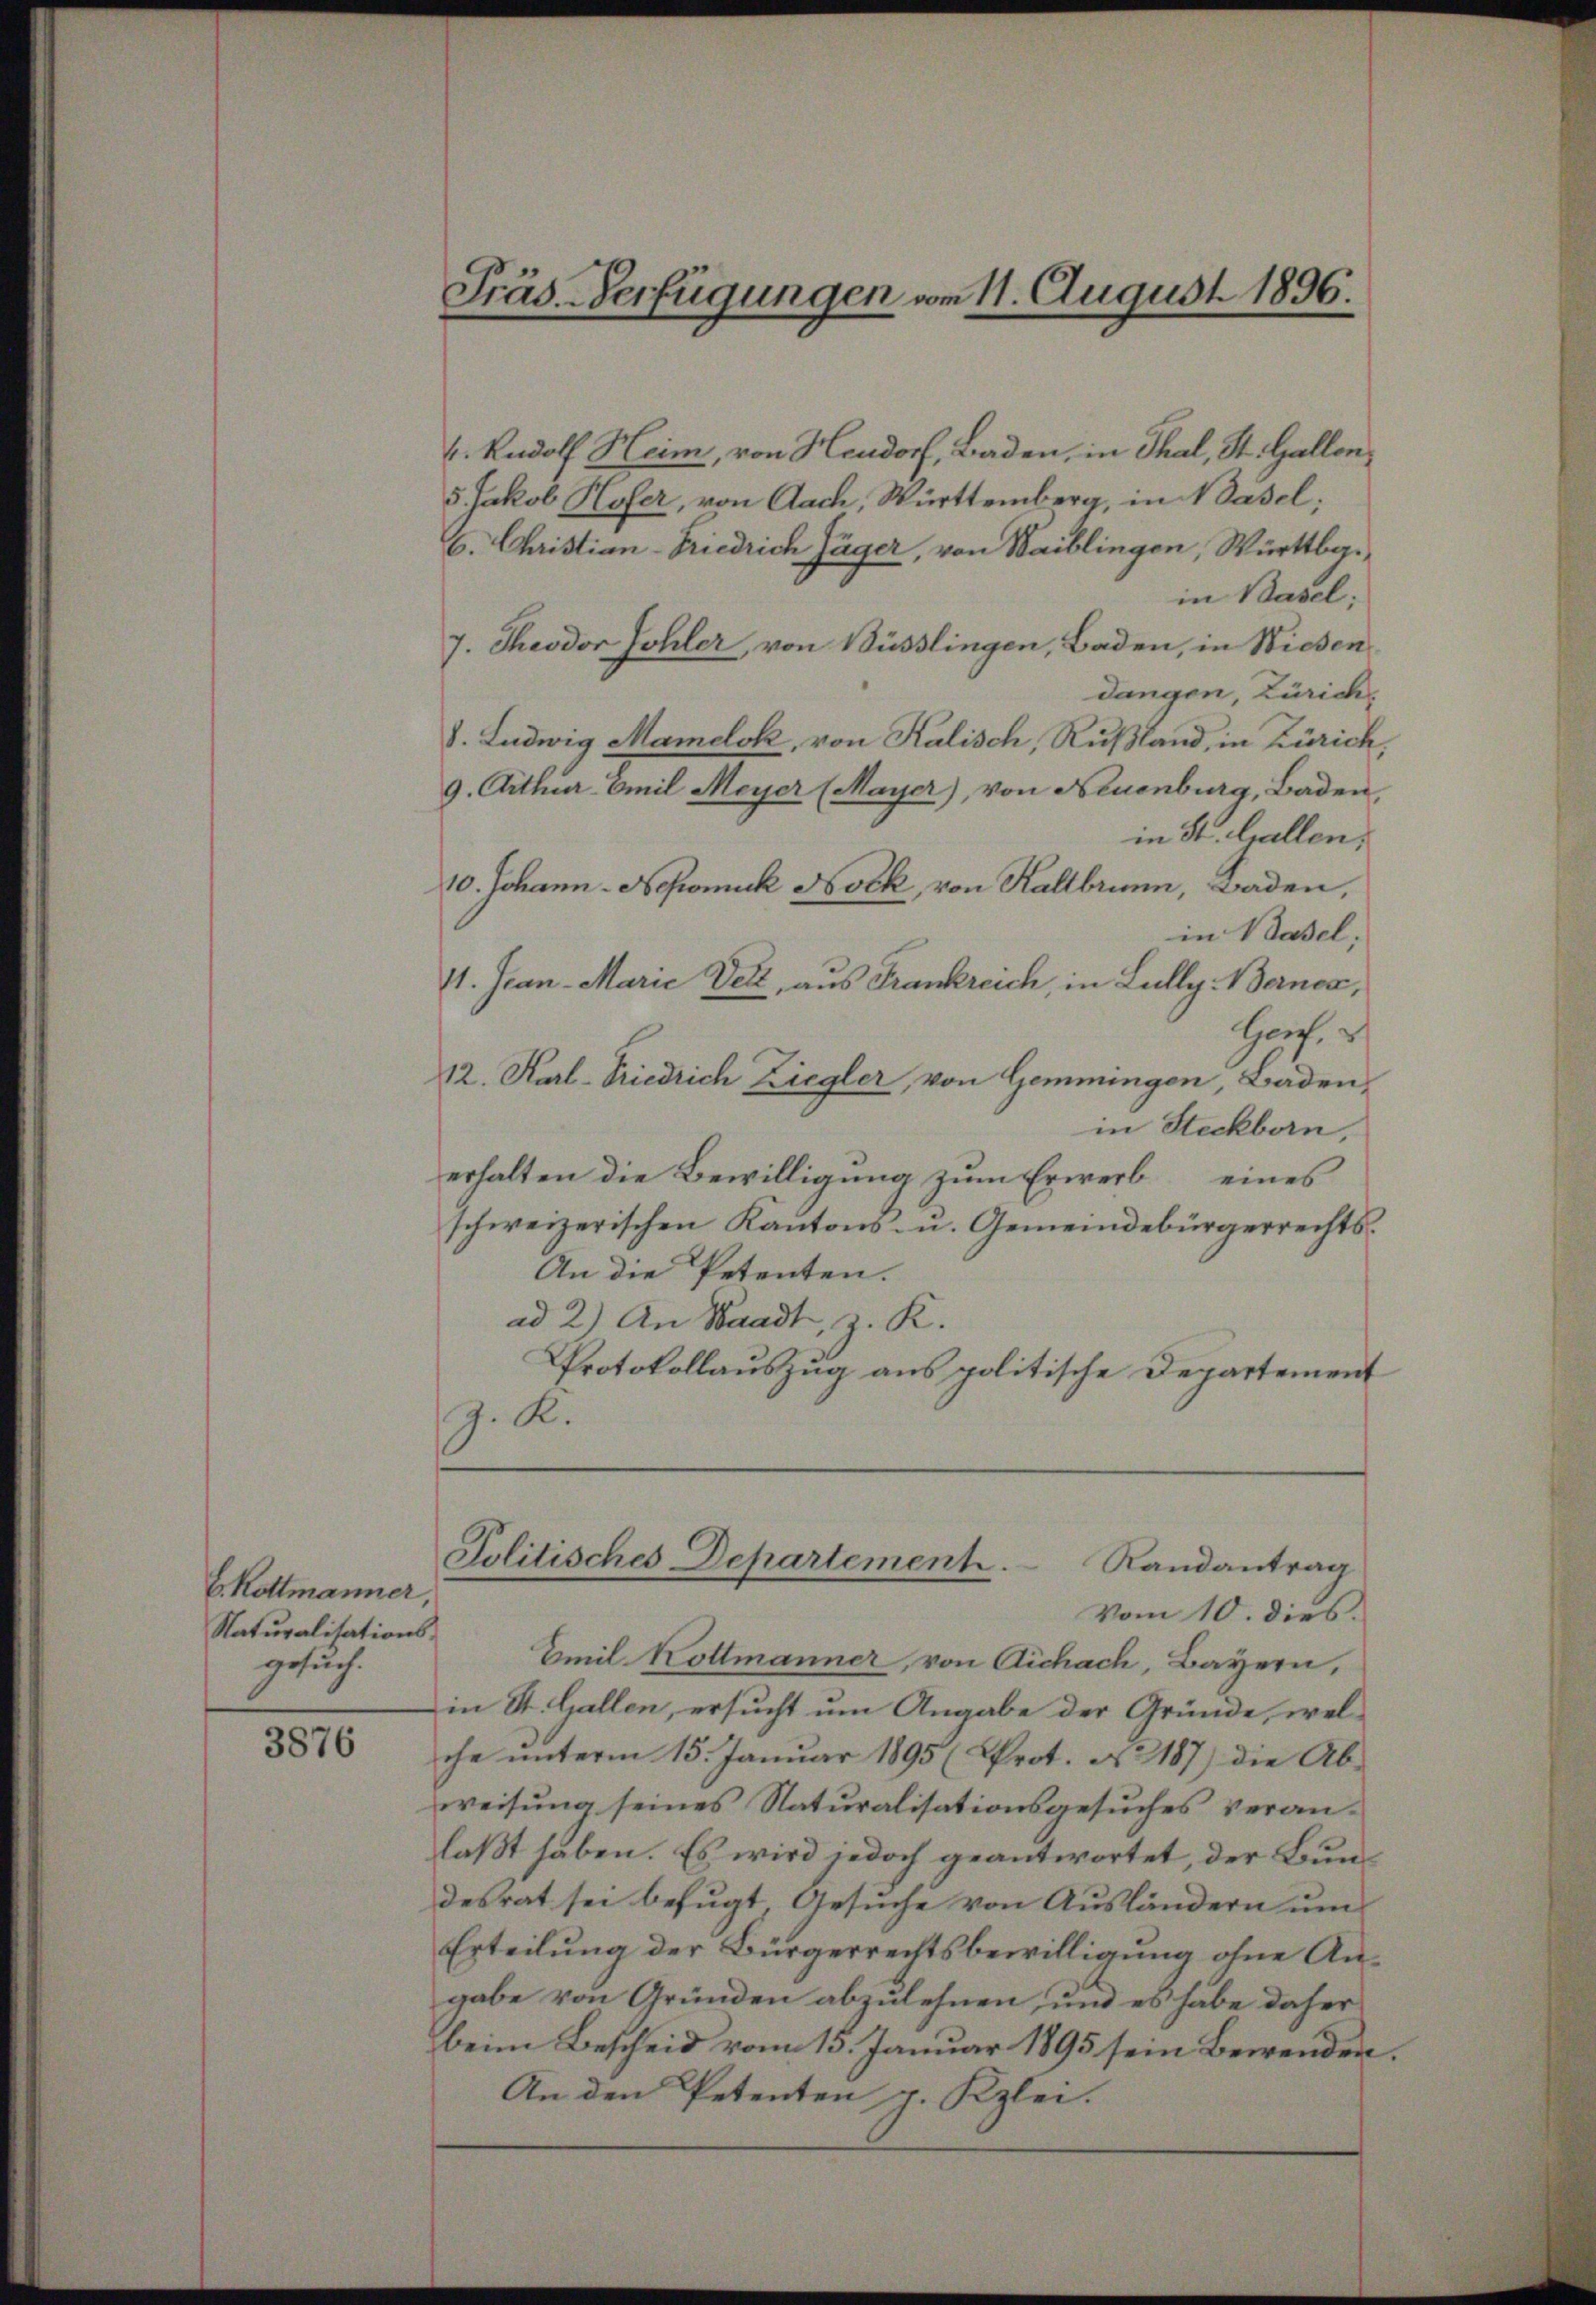
b. Rottmanner,
Naturalisationsgesuch.

3876

Präs. Verfügungen vom 11. August 1896.

k. Rudolf Heim, von Hendorf, Baden, in Thal, St. Gallon,
5. Jakob Hofer, von Aach, Württemberg, in Basel;
6. Christian-Friedrich Jäger, von Waiblingen, Württbain Basel;
7. Theodor Johler, von Büsslingen, Baden, in Wieden
dangen, Zürich
d. Ludwig Mamelok, von Kalisch, Rußland, in Zürich,
9. Arthur Emil Meyer (Mayer), von Neuenburg, Baden,
in St. Gallen,
10. Johann - Nepomuk Nock, von Kaltbrunn, Baden,
in Basel;
11. Jean - Marie Dett, aus Frankreich, in Lully. Berner,
Gerf.
12. Karl-Friedrich Ziegler, von Gemmingen, Baden,
in Steckborn,
erhalten die Bewilligung zum Erwerb eines
schweizerischen Kantons- u. Gemeindebürgerrechts¬
An die Petenten.
ad 2.) An Waadt, z. K.
Protokollauszug aus politische Departement
z. R.
Politisches Departement.
Randantrag
Vom 10. dies.
Emil Kottmänner, von Aichach, Bayern,
in St. Gallen, ersucht um Angabe der Gründe, welche unterm 15. Januar 1895 (Prot. No 187) die Ab-
weisung seines Naturalisationsgesuches veran-
laßt haben. Es wird jedoch geantwortet, der Bundesrat sei befugt, Gesuche von Ausländern um
Erteilung der Bürgerrechtsbewilligung ohne Angabe von Gründen abzulehnen, und es habe daher
beim Bescheid vom 15. Januar 1895 sein Bewenden.
An den Petenten p. Kzlei.